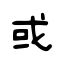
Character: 或